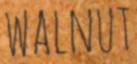
WALNUT